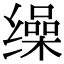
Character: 缲